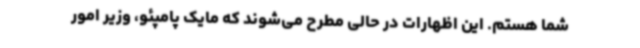
شما هستم. این اظهارات در حالی مطرح می‌شوند که مایک پامپئو، وزیر امور